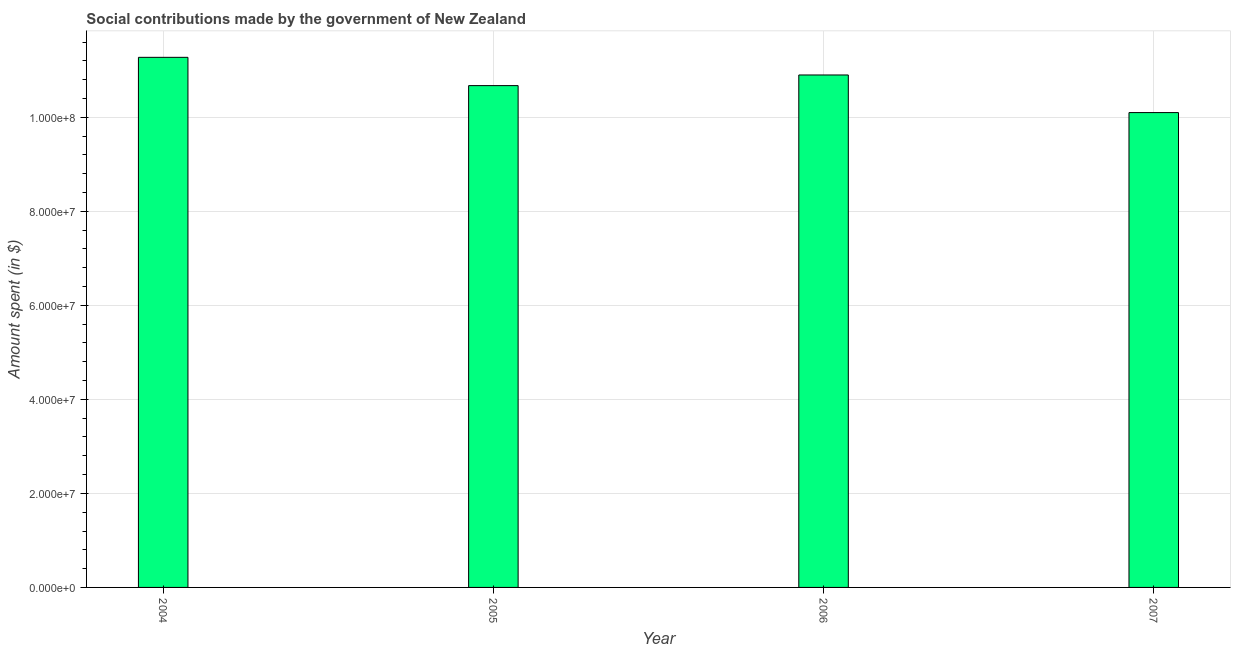
| Year | Social contributions |
 | --- | --- |
 | 2004 | 1.13e+08 |
 | 2005 | 1.07e+08 |
 | 2006 | 1.09e+08 |
 | 2007 | 1.01e+08 |